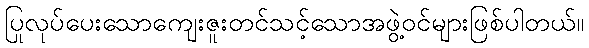
ပြုလုပ်ပေးသောကျေးဇူးတင်သင့်သောအဖွဲ့ဝင်များဖြစ်ပါတယ်။